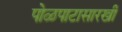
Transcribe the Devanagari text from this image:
पोळपाटासारखी